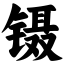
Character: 镊